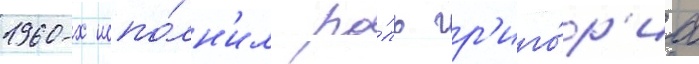
1960-х испо́лн'ил ро́ль гр'иго́р'иа